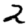
Digit: 2